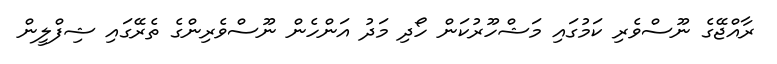
ރާއްޖޭގެ ނޫސްވެރި ކަމުގައި މަޝްހޫރުކަން ހޯދި މަދު އަންހެން ނޫސްވެރިންގެ ތެރޭގައި ޝިފްލީން